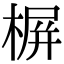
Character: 𣖕